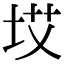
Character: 㘷